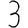
Digit: 3